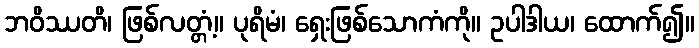
ဘဝိဿတိ၊ ဖြစ်လတ္တံ့။ ပုရိမံ၊ ရှေးဖြစ်သောကံကို။ ဥပါဒါယ၊ ထောက်၍။